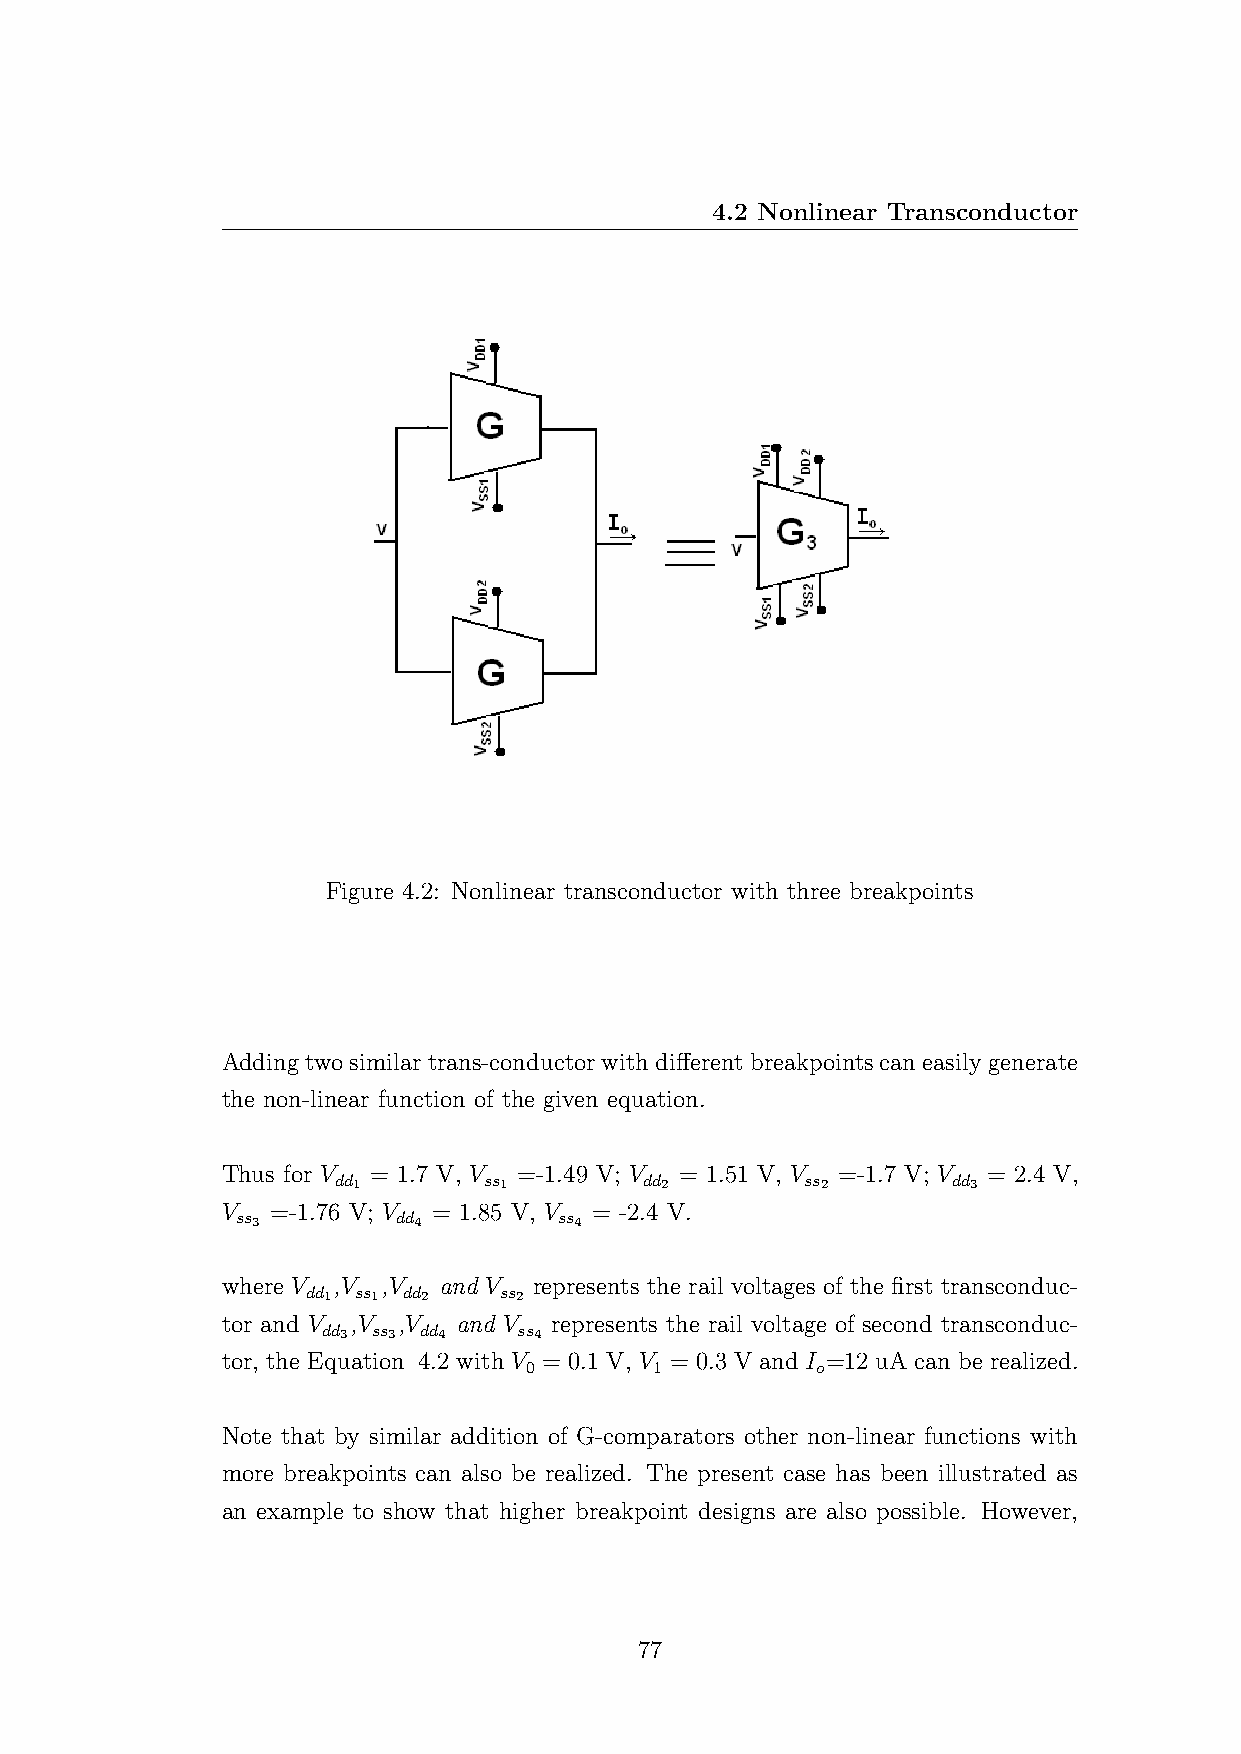
4.2 Nonlinear Transconductor
 Figure 4.2: Nonlinear transconductor with three breakpoints
 Addingtwosimilartrans-conductorwithdifferentbreakpointscaneasilygenerate
 the non-linear function of the given equation.
 Thus for V = 1.7 V, V =-1.49 V; V = 1.51 V, V =-1.7 V; V = 2.4 V,
 dd1       ss1        dd2       ss2       dd3
 V  =-1.76 V; V = 1.85 V, V = -2.4 V.
 ss3       dd4        ss4
 where V ,V ,V and V represents the rail voltages of the first transconduc-
 dd1 ss1 dd2  ss2
 tor and V ,V ,V and V represents the rail voltage of second transconduc-
 dd3 ss3 dd4  ss4
 tor, the Equation 4.2 with V = 0.1 V, V = 0.3 V and I =12 uA can be realized.
 0       1          o
 Note that by similar addition of G-comparators other non-linear functions with
 more breakpoints can also be realized. The present case has been illustrated as
 an example to show that higher breakpoint designs are also possible. However,
 77